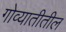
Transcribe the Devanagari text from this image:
गोव्यातीतील